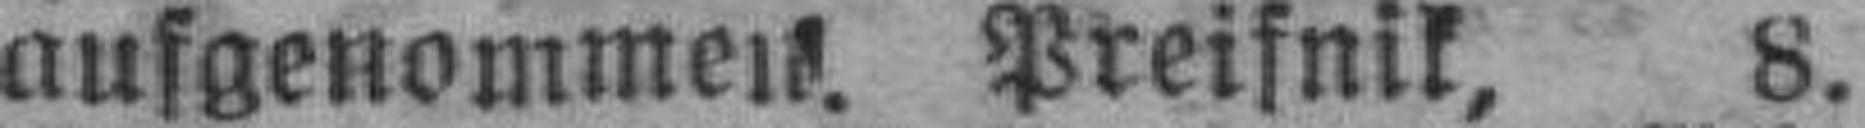
aufgenommen. Preifnik, 8.